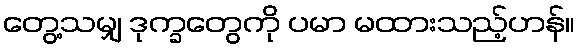
တွေ့သမျှ ဒုက္ခတွေကို ပမာ မထားသည့်ဟန်။